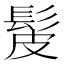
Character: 髲